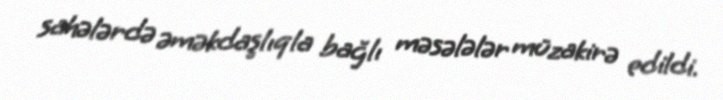
sahələrdə əməkdaşlıqla bağlı məsələlər müzakirə edildi.